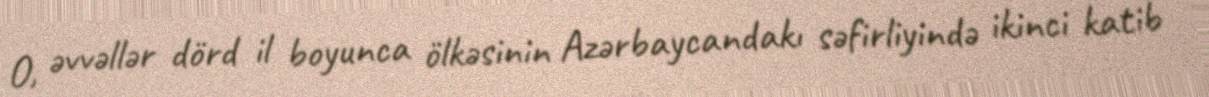
O, əvvəllər dörd il boyunca ölkəsinin Azərbaycandakı səfirliyində ikinci katib